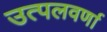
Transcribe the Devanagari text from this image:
उत्पलवर्णा